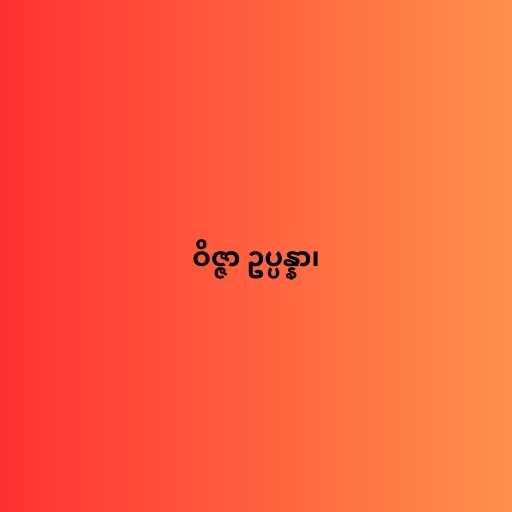
ဝိဇ္ဇာ ဥပ္ပန္နာ၊